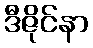
ဒီဇိုင်နာ